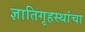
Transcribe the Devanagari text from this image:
ज्ञातिगृहस्थांचा